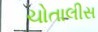
ચોતાલીસ